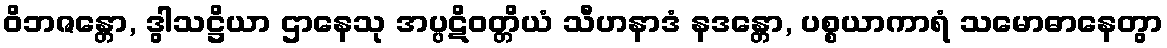
ဝိဘဇန္တော, ဒွါသဋ္ဌိယာ ဌာနေသု အပ္ပဋိဝတ္တိယံ သီဟနာဒံ နဒန္တော, ပစ္စယာကာရံ သမောဓာနေတွာ